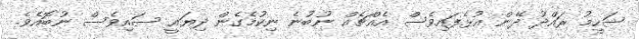
ޝަހީމު ރައްދު ދޭން އުޅެފައިވެސް އެއްޗެއް ނުބުނެ ނިކުމެގެން ދިޔައީ ސައިވެސް ނުބޮއެވެ.